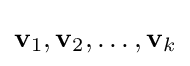
\mathbf {v} _{1},\mathbf {v} _{2},\dots ,\mathbf {v} _{k}